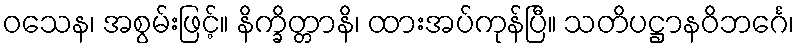
ဝသေန၊ အစွမ်းဖြင့်။ နိက္ခိတ္တာနိ၊ ထားအပ်ကုန်ပြီ။ သတိပဋ္ဌာနဝိဘင်္ဂေ၊